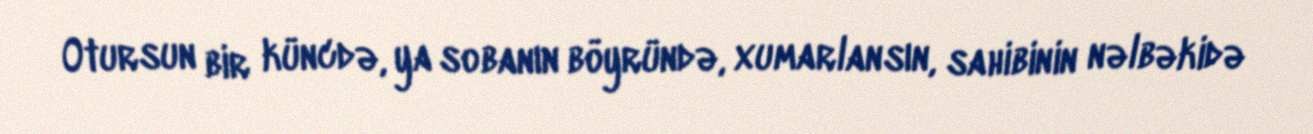
Otursun bir küncdə, ya sobanın böyründə, xumarlansın, sahibinin nəlbəkidə